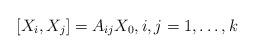
LaTeX: \begin{align*}[X_i,X_j] = A_{ij} X_0, i,j=1,\ldots,k\end{align*}